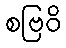
စဗြဝိ